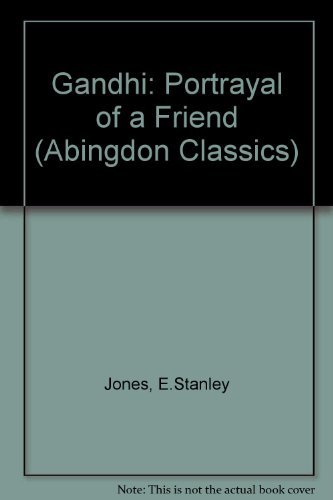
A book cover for Gandhi: Portrayal of a Friend (Abingdon Classics); E. Stanley Jones; Religion & Spirituality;